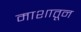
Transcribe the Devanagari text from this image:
माशातून